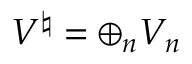
V ^ { \natural } = \oplus _ { n } V _ { n }